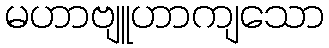
မဟာဗျူဟာကျသော